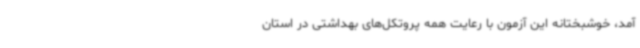
آمد، خوشبختانه این آزمون با رعایت همه پروتکل‌های بهداشتی در استان